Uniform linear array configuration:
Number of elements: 48
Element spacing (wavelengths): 0.25
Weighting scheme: blackman
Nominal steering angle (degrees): -30
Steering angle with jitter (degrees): -30.423
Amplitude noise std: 0.05
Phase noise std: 0.05

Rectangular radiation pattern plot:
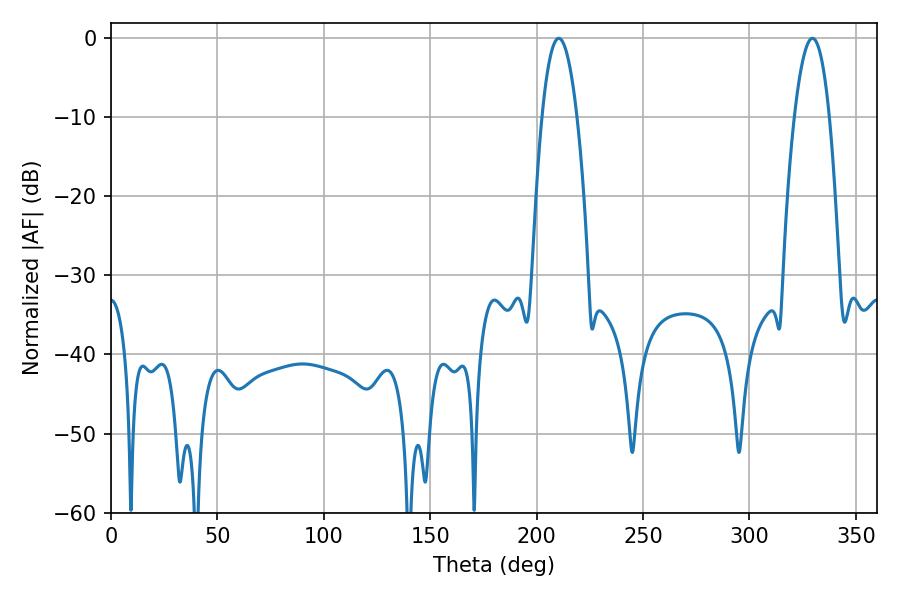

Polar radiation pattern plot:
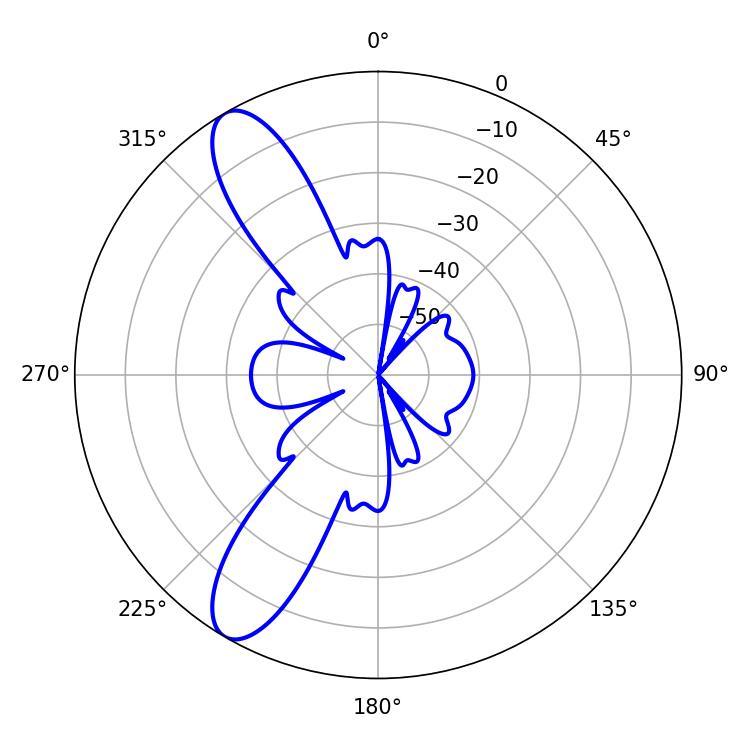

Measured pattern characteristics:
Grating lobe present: FALSE
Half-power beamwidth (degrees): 9.18
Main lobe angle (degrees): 210.42